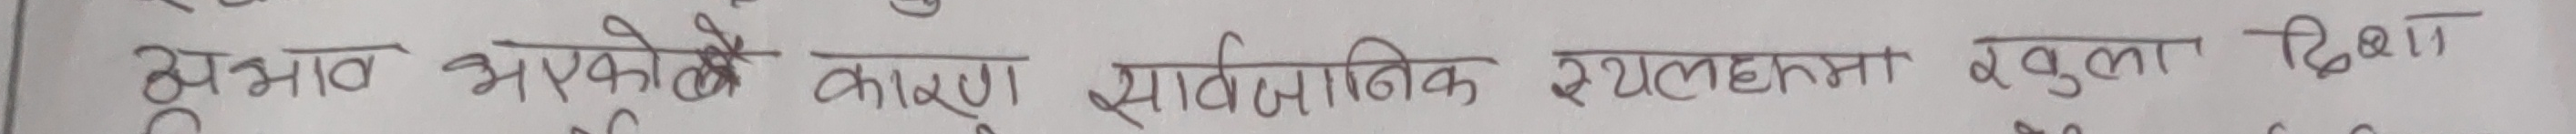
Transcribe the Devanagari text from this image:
सुभाव आफूले कारण सार्वजनिक स्थलहरु, रतुला शिक्षा